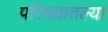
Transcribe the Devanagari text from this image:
परिचयातल्या